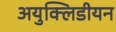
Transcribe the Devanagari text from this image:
अयुक्लिडीयन